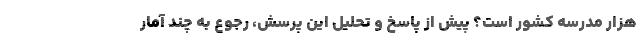
هزار مدرسه کشور است؟ پیش از پاسخ و تحلیل این پرسش، رجوع به چند آمار